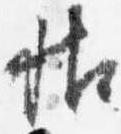
帖